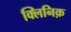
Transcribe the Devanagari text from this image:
क्लिनिक़